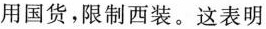
用国货，限制西装。这表明